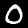
Label: 0